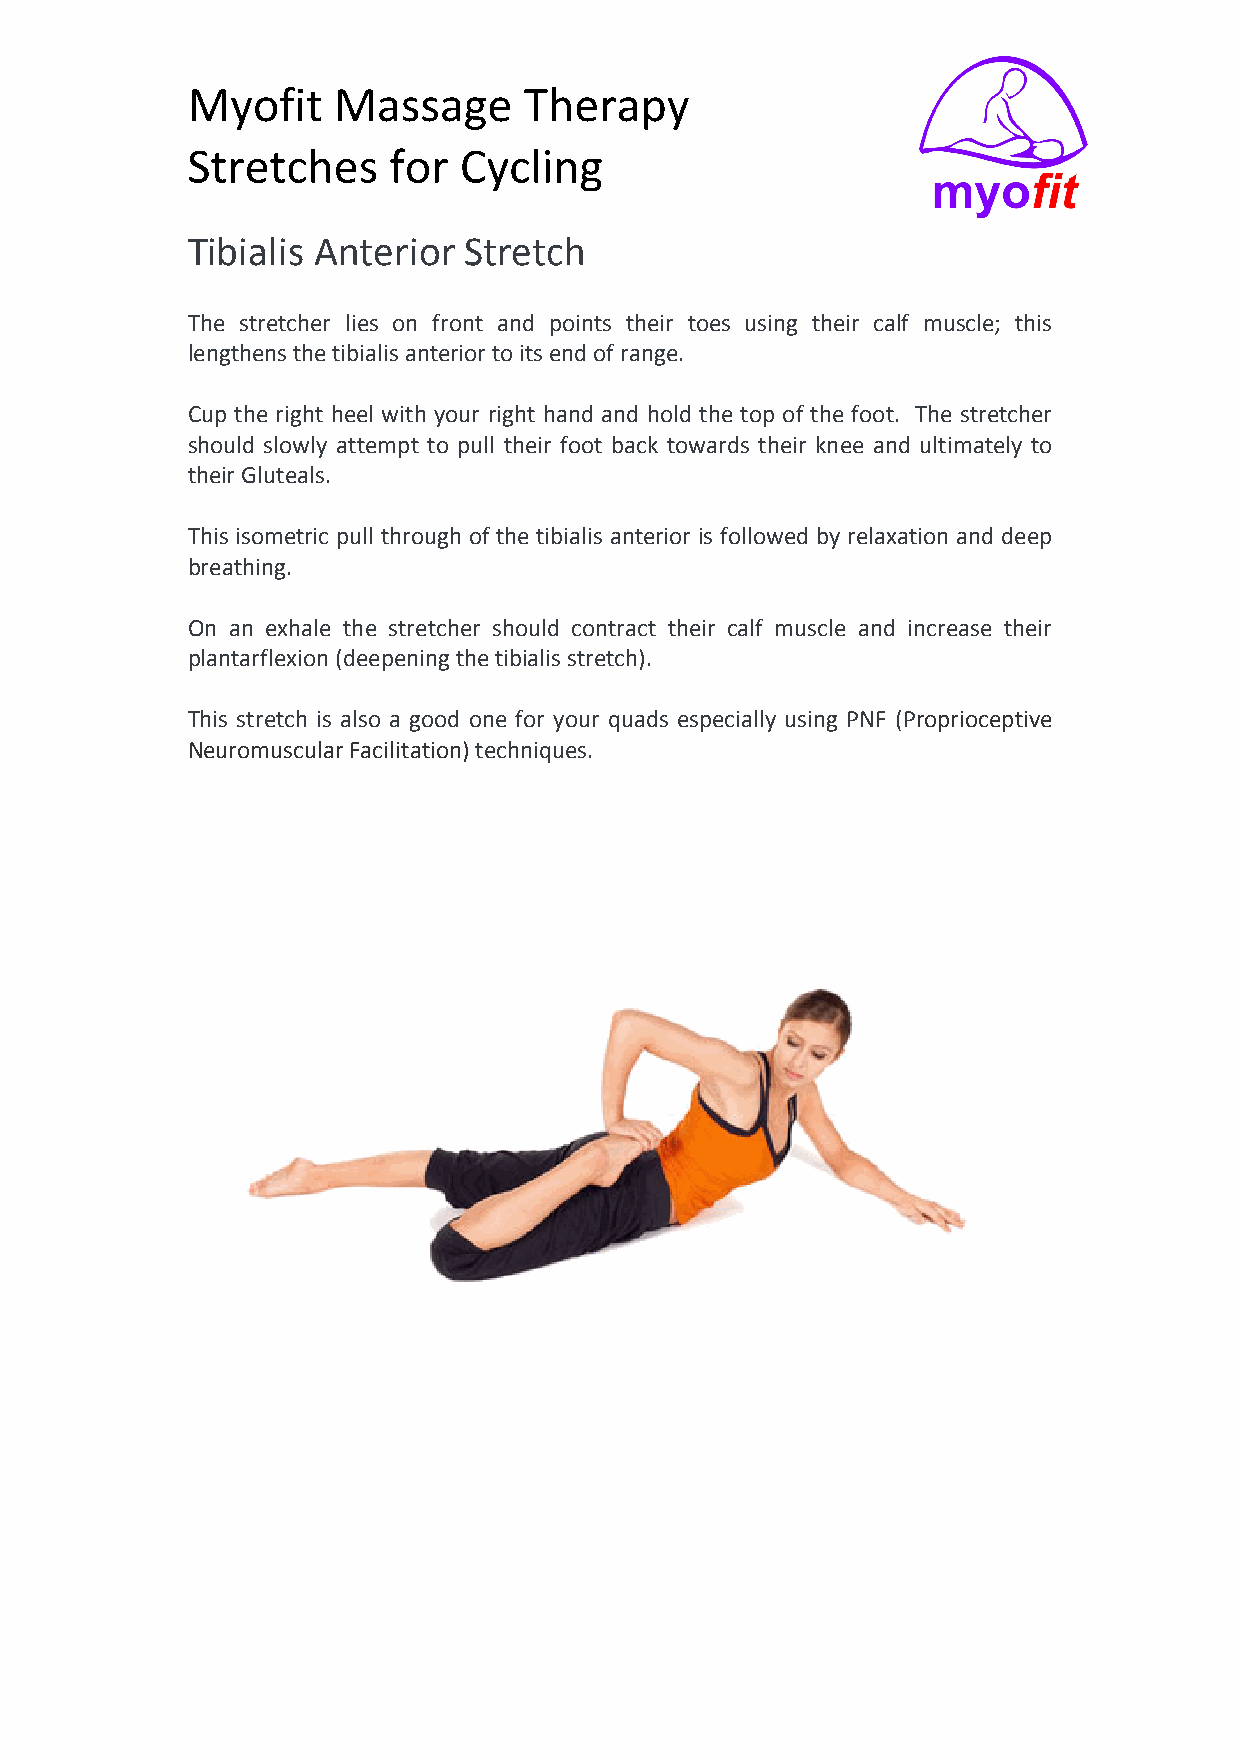
Myofit    Massage      Therapy
 Stretches     for Cycling
 Tibialis Anterior  Stretch
 The stretcher lies on front and points their toes using their calf muscle; this
 lengthens the tibialis anterior to its end of range.
 Cup the right heel with your right hand and hold the top of the foot. The stretcher
 should slowly attempt to pull their foot back towards their knee and ultimately to
 their Gluteals.
 This isometric pull through of the tibialis anterior is followed by relaxation and deep
 breathing.
 On an exhale the stretcher should contract their calf muscle and increase their
 plantarflexion (deepening the tibialis stretch).
 This stretch is also a good one for your quads especially using PNF (Proprioceptive
 Neuromuscular Facilitation) techniques.